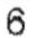
6